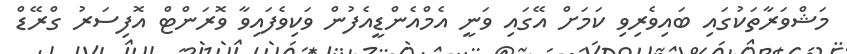
މަޝްވަރާތަކުގައި ބައިވެރިވި ކަމަށް އޭގައި ވަނީ އެމްއެންޑީއެފުން ވަކިވެފައިވާ ވޮރަންޓް އޮފިސަރު ގްރޭޑް